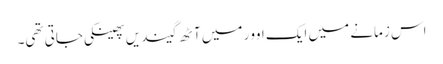
اس زمانے میں ایک اوور میں آٹھ گیندیں پھینکی جاتی تھی۔